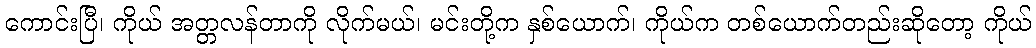
ကောင်းပြီ၊ ကိုယ် အတ္တလန်တာကို လိုက်မယ်၊ မင်းတို့က နှစ်ယောက်၊ ကိုယ်က တစ်ယောက်တည်းဆိုတော့ ကိုယ်